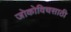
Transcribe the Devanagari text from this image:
जोकोविचसाठी